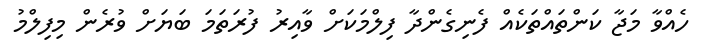
ހެއްވާ މަޖާ ކަންތައްތަކެއް ފެނިގެންދާ ފިލްމަކަށް ވާއިރު ފުރަތަމަ ބަޔަށް ވުރެން މިފިލްމު